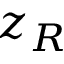
z _ { R }